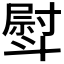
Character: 𣂊